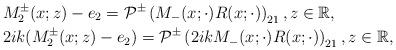
LaTeX: \begin{align*}&M^{\pm}_2(x ; z)-e_{2}=\mathcal{P}^{\pm}\left(M_{-}(x ; \cdot) R(x ; \cdot)\right)_{21} , z \in \mathbb{R},\\&2ik(M^{\pm}_2(x ; z)-e_{2})=\mathcal{P}^{\pm}\left(2ikM_-(x ; \cdot) R(x ; \cdot)\right)_{21} , z \in \mathbb{R},\end{align*}